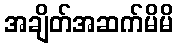
အချိတ်အဆက်မိမိ